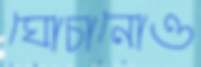
ঘোচানোও